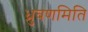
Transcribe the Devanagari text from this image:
ध्रुवणमिति